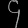
Digit: ၄